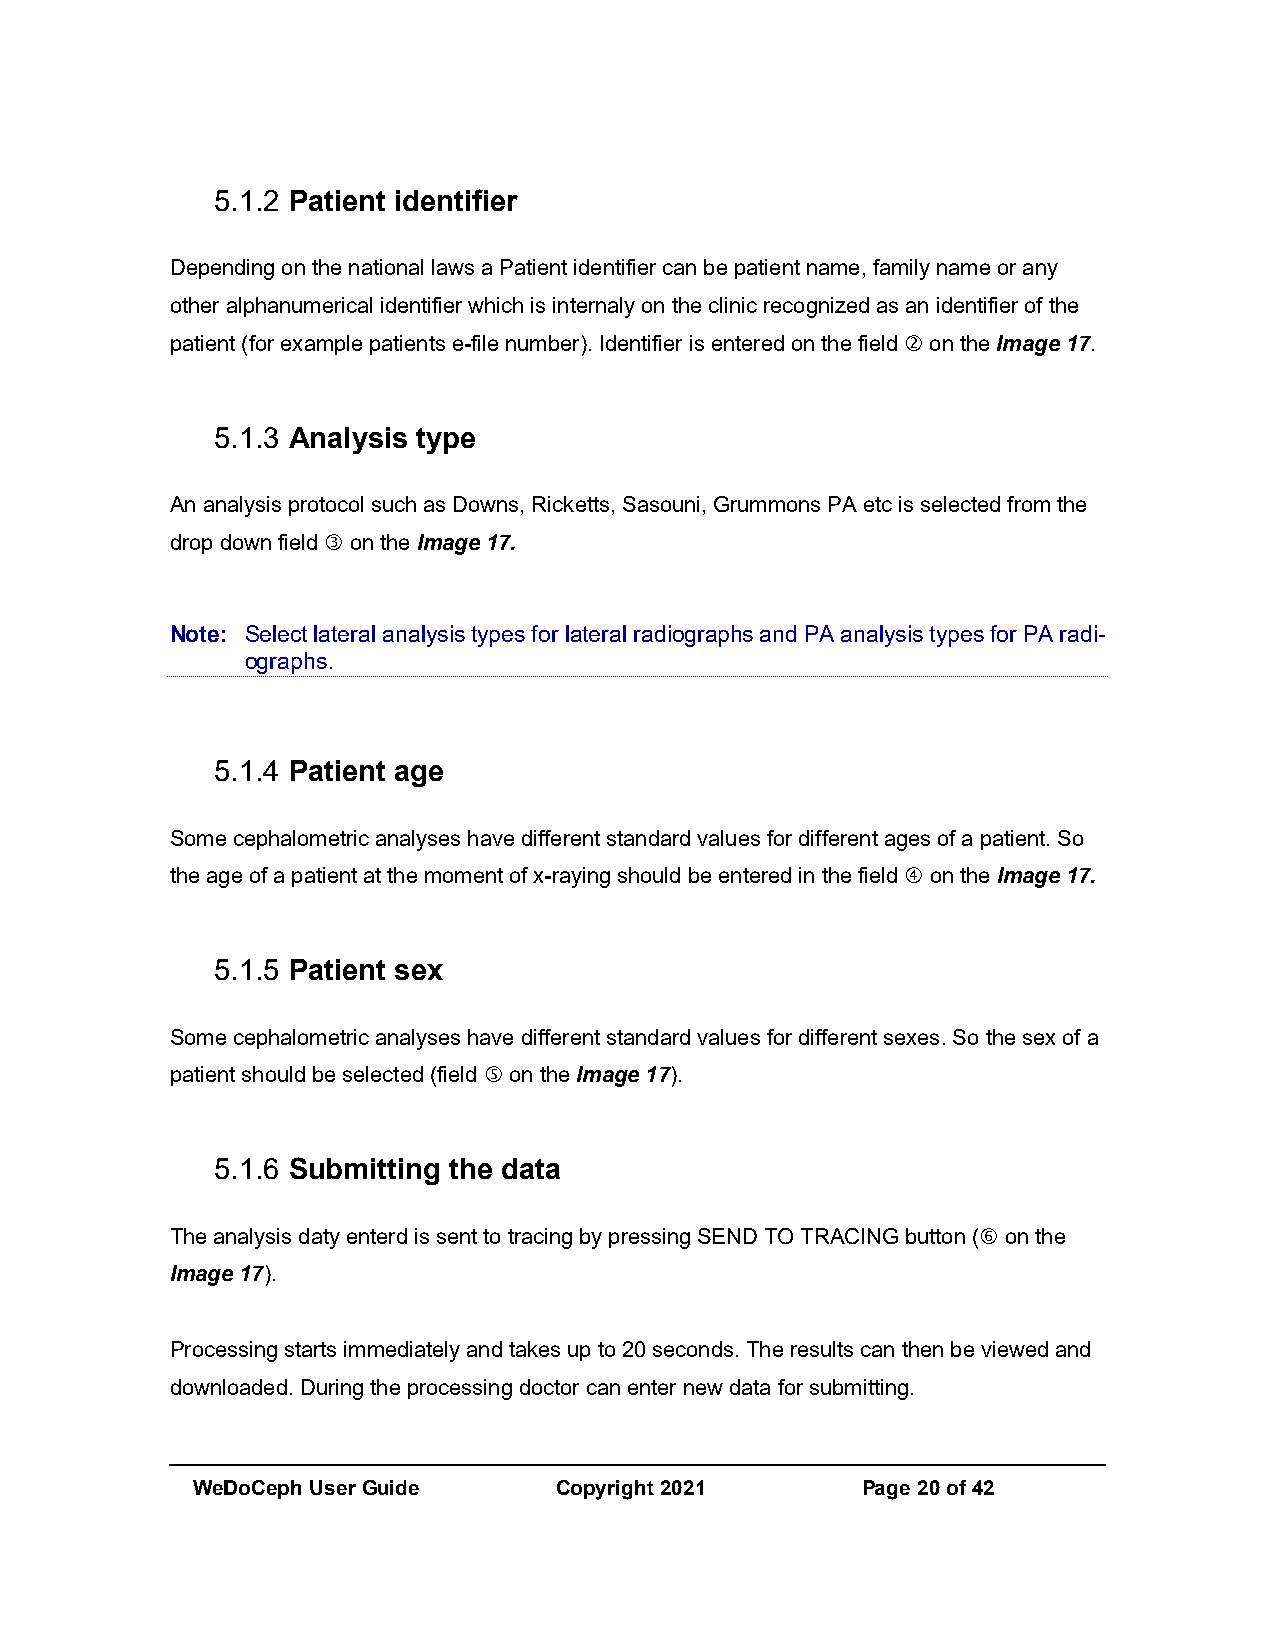
5.1.2 Patient identifier
 Depending on the national laws a Patient identifier can be patient name, family name or any
 other alphanumerical identifier which is internaly on the clinic recognized as an identifier of the
 patient (for example patients e-file number). Identifier is entered on the field  on the Image 17.
 5.1.3 Analysis type
 An analysis protocol such as Downs, Ricketts, Sasouni, Grummons PA etc is selected from the
 drop down field  on the Image 17.
 Note: Select lateral analysis types for lateral radiographs and PA analysis types for PA radi-
 ographs.
 5.1.4 Patient age
 Some cephalometric analyses have different standard values for different ages of a patient. So
 the age of a patient at the moment of x-raying should be entered in the field  on the Image 17.
 5.1.5 Patient sex
 Some cephalometric analyses have different standard values for different sexes. So the sex of a
 patient should be selected (field  on the Image 17).
 5.1.6 Submitting the data
 The analysis daty enterd is sent to tracing by pressing SEND TO TRACING button ( on the
 Image 17).
 Processing starts immediately and takes up to 20 seconds. The results can then be viewed and
 downloaded. During the processing doctor can enter new data for submitting.
 WeDoCeph User Guide     Copyright 2021      Page 20 of 42